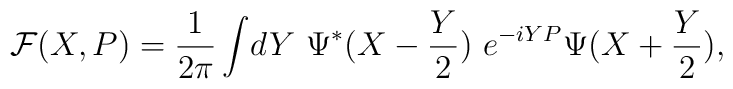
{\cal F}(X,P)={1\over 2\pi} \int\! dY ~\Psi^* (X-{Y\over2} )~e^{-iYP}  \Psi(X+{Y\over 2} ),